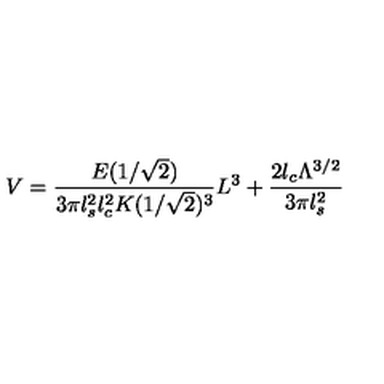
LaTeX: V = \frac { E ( 1 / \sqrt { 2 } ) } { 3 \pi l _ { s } ^ { 2 } l _ { c } ^ { 2 } K ( 1 / \sqrt { 2 } ) ^ { 3 } } L ^ { 3 } + \frac { 2 l _ { c } \Lambda ^ { 3 / 2 } } { 3 \pi l _ { s } ^ { 2 } }